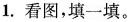
1.看图，填一填。